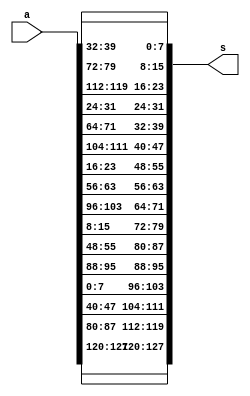
module ShiftRows(input [0:127]a,output reg[0:127]s);
always@(*)begin
s[0:7] = {a[0:7]};
s[32:39] = {a[32:39]};
s[64:71] = {a[64:71]};
s[96:103] = {a[96:103]};
//2nd row
s[8:15] = {a[40:47]};
s[40:47] = {a[72:79]};
s[72:79] = {a[104:111]};
s[104:111] = {a[8:15]};
//3rd row
s[16:23] = {a[80:87]};
s[48:55] = {a[112:119]};
s[80:87] = {a[16:23]};
s[112:119] = {a[48:55]};
//4th row
s[24:31] = {a[120:127]};
s[56:63] = {a[24:31]};
s[88:95] = {a[56:63]};
s[120:127] = {a[88:95]};
end
endmodule